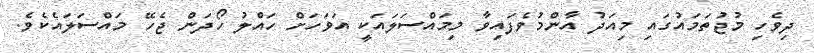
ދިވެހި މުޖުތަމައުގައި މިއަދު އާންމުވެފައިވާ މިމައްސަލައަކީ އަވަހަށް ހައްލު ހޯދަން ޖެހޭ މައްސަލައެކެވެ.